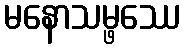
မနောသမ္ဖဿေ